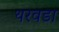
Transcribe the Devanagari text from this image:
थरवडा